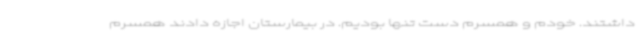
داشتند. خودم و همسرم دست تنها بودیم. در بیمارستان اجازه دادند همسرم